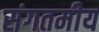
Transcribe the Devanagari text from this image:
संगतमीय